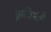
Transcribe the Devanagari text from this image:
क्रुषिमंत्री